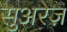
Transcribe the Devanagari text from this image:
सुअरेज़